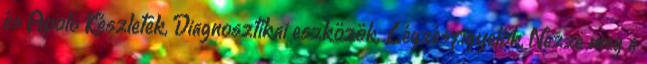
és Ápoló Készletek, Diagnosztikai eszközök, Légzésfigyelők, Nézze meg a